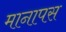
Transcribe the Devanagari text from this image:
मानापस